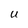
Character: U